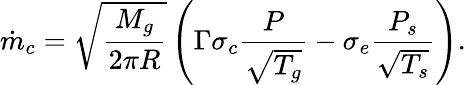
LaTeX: \dot{m}_{c}=\sqrt{\frac{M_{g}}{2\pi R}}\left({\Gamma\sigma_{c}}\frac{P}{\sqrt{T_{g}}}-\sigma_{e}\frac{P_{s}}{\sqrt{T_{s}}}\right).